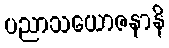
ပညာသယောဇနာနိ